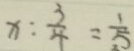
x : \frac { 3 } { 4 } = \frac { 1 } { 5 }